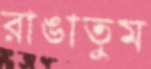
রাঙাতুম